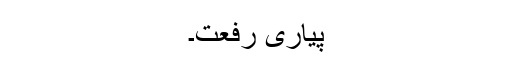
پیاری رفعت۔